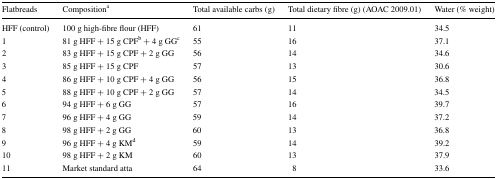
<table><thead><tr><td><b>Flatbreads</b></td><td><b>Composition<sup>a</sup></b></td><td><b>Total available carbs (g)</b></td><td><b>Total dietary fibre (g) (AOAC 2009.01)</b></td><td><b>Water (% weight)</b></td></tr></thead><tbody><tr><td>HFF (control)</td><td>100 g high-fibre flour (HFF)</td><td>61</td><td>11</td><td>34.5</td></tr><tr><td>1</td><td>81 g HFF + 15 g CPF<sup>b</sup> + 4 g GG<sup>c</sup></td><td>55</td><td>16</td><td>37.1</td></tr><tr><td>2</td><td>83 g HFF + 15 g CPF + 2 g GG</td><td>56</td><td>14</td><td>34.6</td></tr><tr><td>3</td><td>85 g HFF + 15 g CPF</td><td>57</td><td>13</td><td>30.6</td></tr><tr><td>4</td><td>86 g HFF + 10 g CPF + 4 g GG</td><td>56</td><td>15</td><td>36.8</td></tr><tr><td>5</td><td>88 g HFF + 10 g CPF + 2 g GG</td><td>57</td><td>14</td><td>34.5</td></tr><tr><td>6</td><td>94 g HFF + 6 g GG</td><td>57</td><td>16</td><td>39.7</td></tr><tr><td>7</td><td>96 g HFF + 4 g GG</td><td>59</td><td>14</td><td>37.2</td></tr><tr><td>8</td><td>98 g HFF + 2 g GG</td><td>60</td><td>13</td><td>36.8</td></tr><tr><td>9</td><td>96 g HFF + 4 g KM<sup>d</sup></td><td>59</td><td>14</td><td>39.2</td></tr><tr><td>10</td><td>98 g HFF + 2 g KM</td><td>60</td><td>13</td><td>37.9</td></tr><tr><td>11</td><td>Market standard atta</td><td>64</td><td>8</td><td>33.6</td></tr></tbody></table>